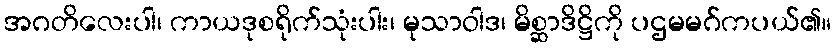
အဂတိလေးပါ၊ ကာယဒုစရိုက်သုံးပါး၊ မုသာဝါဒ၊ မိစ္ဆာဒိဋ္ဌိကို ပဌမမဂ်ကပယ်၏။